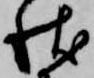
状